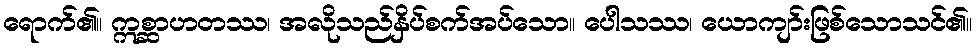
ရောက်၏။ ဣစ္ဆာဟတဿ၊ အလိုသည်နှိပ်စက်အပ်သော။ ပေါသဿ၊ ယောကျာ်းဖြစ်သောသင်၏။